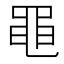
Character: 黽